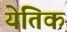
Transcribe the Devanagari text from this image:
येतिक